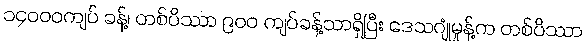
၁၄၀၀၀ကျပ် ခန့်၊ တစ်ပိဿာ ၉၀၀ ကျပ်ခန့်သာရှိပြီး ဒေသဂျုံမှုန့်က တစ်ပိဿာ